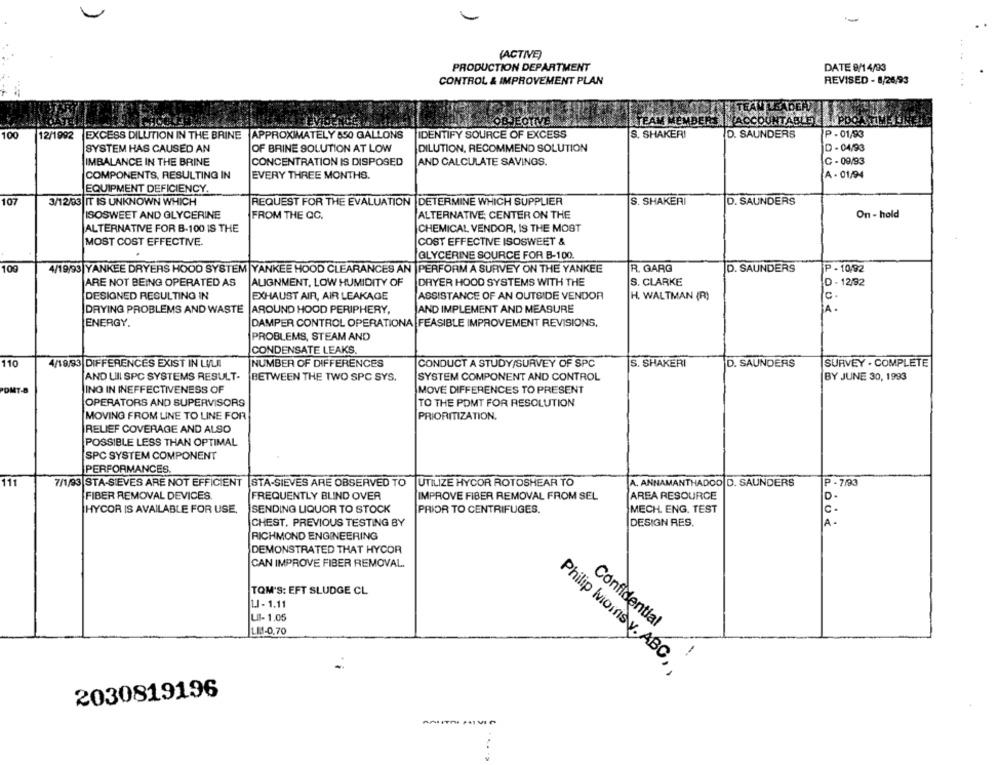
(ACTIVE)
PRODUCTION DEPARTMENT
DATE 9/14/93
CONTROL & IMPROVEMENT PLAN
REVISED - 8/26/93
CINE TEAM LEADERT
OBJECTIVE
TEAM MEMBERS |ACCOUNTABLE)
100
12/1992 EXCESS DILUTION IN THE BRINE APPROXIMATELY 550 GALLONS
IDENTIFY SOURCE OF EXCESS
S. SHAKER!
D. SAUNDERS
P - 01/93
SYSTEM HAS CAUSED AN
OF BRINE SOLUTION AT LOW
DILUTION, RECOMMEND SOLUTION
D - 04/93
C - 09/93
IMBALANCE IN THE BRINE
CONCENTRATION IS DISPOSED
AND CALCULATE SAVINGS.
COMPONENTS, RESULTING IN
EVERY THREE MONTHS.
A - 01/94
EQUIPMENT DEFICIENCY.
107
3/12/33 IT IS UNKNOWN WHICH
REQUEST FOR THE EVALUATION DETERMINE WHICH SUPPLIER
S. SHAKERI
D. SAUNDERS
ISOSWEET AND GLYCERINE
FROM THE QC.
ALTERNATIVE; CENTER ON THE
On - hold
ALTERNATIVE FOR B-100 IS THE
CHEMICAL VENDOR, IS THE MOST
MOST COST EFFECTIVE.
COST EFFECTIVE ISOSWEET &
GLYCERINE SOURCE FOR B-100.
100
4/19/93|YANKEE DRYERS HOOD SYSTEM YANKEE HOOD CLEARANCES AN |PERFORM A SURVEY ON THE YANKEE
R. GARG
D. SAUNDERS
P - 10/92
ARE NOT BEING OPERATED AS
ALIGNMENT, LOW HUMIDITY OF
DRYER HOOD SYSTEMS WITH THE
S. CLARKE
D - 12/92
DESIGNED RESULTING IN
EXHAUST AIR, AIR LEAKAGE
ASSISTANCE OF AN OUTSIDE VENDOR
H. WALTMAN (R)
c.
DRYING PROBLEMS AND WASTE |AROUND HOOD PERIPHERY,
AND IMPLEMENT AND MEASURE
ENERGY.
DAMPER CONTROL OPERATIONA FEASIBLE IMPROVEMENT REVISIONS,
PROBLEMS, STEAM AND
CONDENSATE LEAKS.
110
4/19/93 DIFFERENCES EXIST IN LLI
NUMBER OF DIFFERENCES
CONDUCT A STUDY/SURVEY OF SPC
S. SHAKERI
D. SAUNDERS
SURVEY . COMPLETE
SYSTEM COMPONENT AND CONTROL
BY JUNE 30, 1993
AND LIII SPC SYSTEMS RESULT-
BETWEEN THE TWO SPC SYS.
ING IN INEFFECTIVENESS OF
MOVE DIFFERENCES TO PRESENT
OPERATORS AND SUPERVISORS
TO THE POMT FOR RESOLUTION
MOVING FROM LINE TO LINE FOR
PRIORITIZATION.
RELIEF COVERAGE AND ALSO
POSSIBLE LESS THAN OPTIMAL
SPC SYSTEM COMPONENT
PERFORMANCES.
111
7/1/93 STA-SIEVES ARE NOT EFFICIENT
STA-SIEVES ARE OBSERVED TO UTILIZE HYCOR ROTOSHEAR TO
A. ANNAMANTHADOO D. SAUNDERS
P - 7/93
FIBER REMOVAL DEVICES.
FREQUENTLY BLIND OVER
IMPROVE FIBER REMOVAL FROM SEL
AREA RESOURCE
HYCOR IS AVAILABLE FOR USE.
SENDING LIQUOR TO STOCK
PRIOR TO CENTRIFUGES.
MECH. ENG. TEST
C-
A -
CHEST. PREVIOUS TESTING BY
DESIGN RES.
RICHMOND ENGINEERING
DEMONSTRATED THAT HYCOR
CAN IMPROVE FIBER REMOVAL.
TOM'S: EFT SLUDGE CL
LI - 1.11
LII- 1.05
Confidential
LIJ-0,70
Philip Morrisw. ABC ,,
2030819196